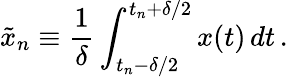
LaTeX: \tilde{x}_{n}\equiv\frac{1}{\delta}\int_{t_{n}-\delta/2}^{t_{n}+\delta/2}x(t)\, dt\, .